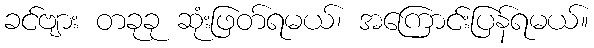
ခင်ဗျား တခုခု ဆုံးဖြတ်ရမယ်၊ အကြောင်းပြန်ရမယ်။